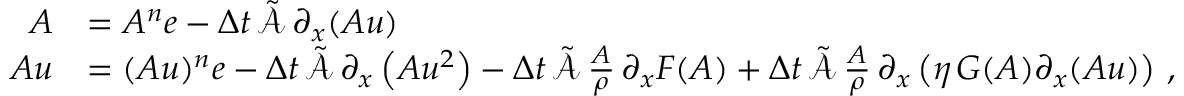
\begin{array} { r l } { \boldsymbol { A } } & { = A ^ { n } \boldsymbol { e } - \Delta t \, \tilde { \mathcal { A } } \, \partial _ { x } ( \boldsymbol { A u } ) } \\ { \boldsymbol { A u } } & { = ( A u ) ^ { n } \boldsymbol { e } - \Delta t \, \tilde { \mathcal { A } } \, \partial _ { x } \left( \boldsymbol { A u ^ { 2 } } \right) - \Delta t \, \tilde { \mathcal { A } } \, \frac { \boldsymbol { A } } { \rho } \, \partial _ { x } \boldsymbol { F } ( \boldsymbol { A } ) + \Delta t \, \tilde { \mathcal { A } } \, \frac { \boldsymbol { A } } { \rho } \, \partial _ { x } \left( \eta \, \boldsymbol { G } ( \boldsymbol { A } ) \partial _ { x } ( \boldsymbol { A u } ) \right) \, , } \end{array}